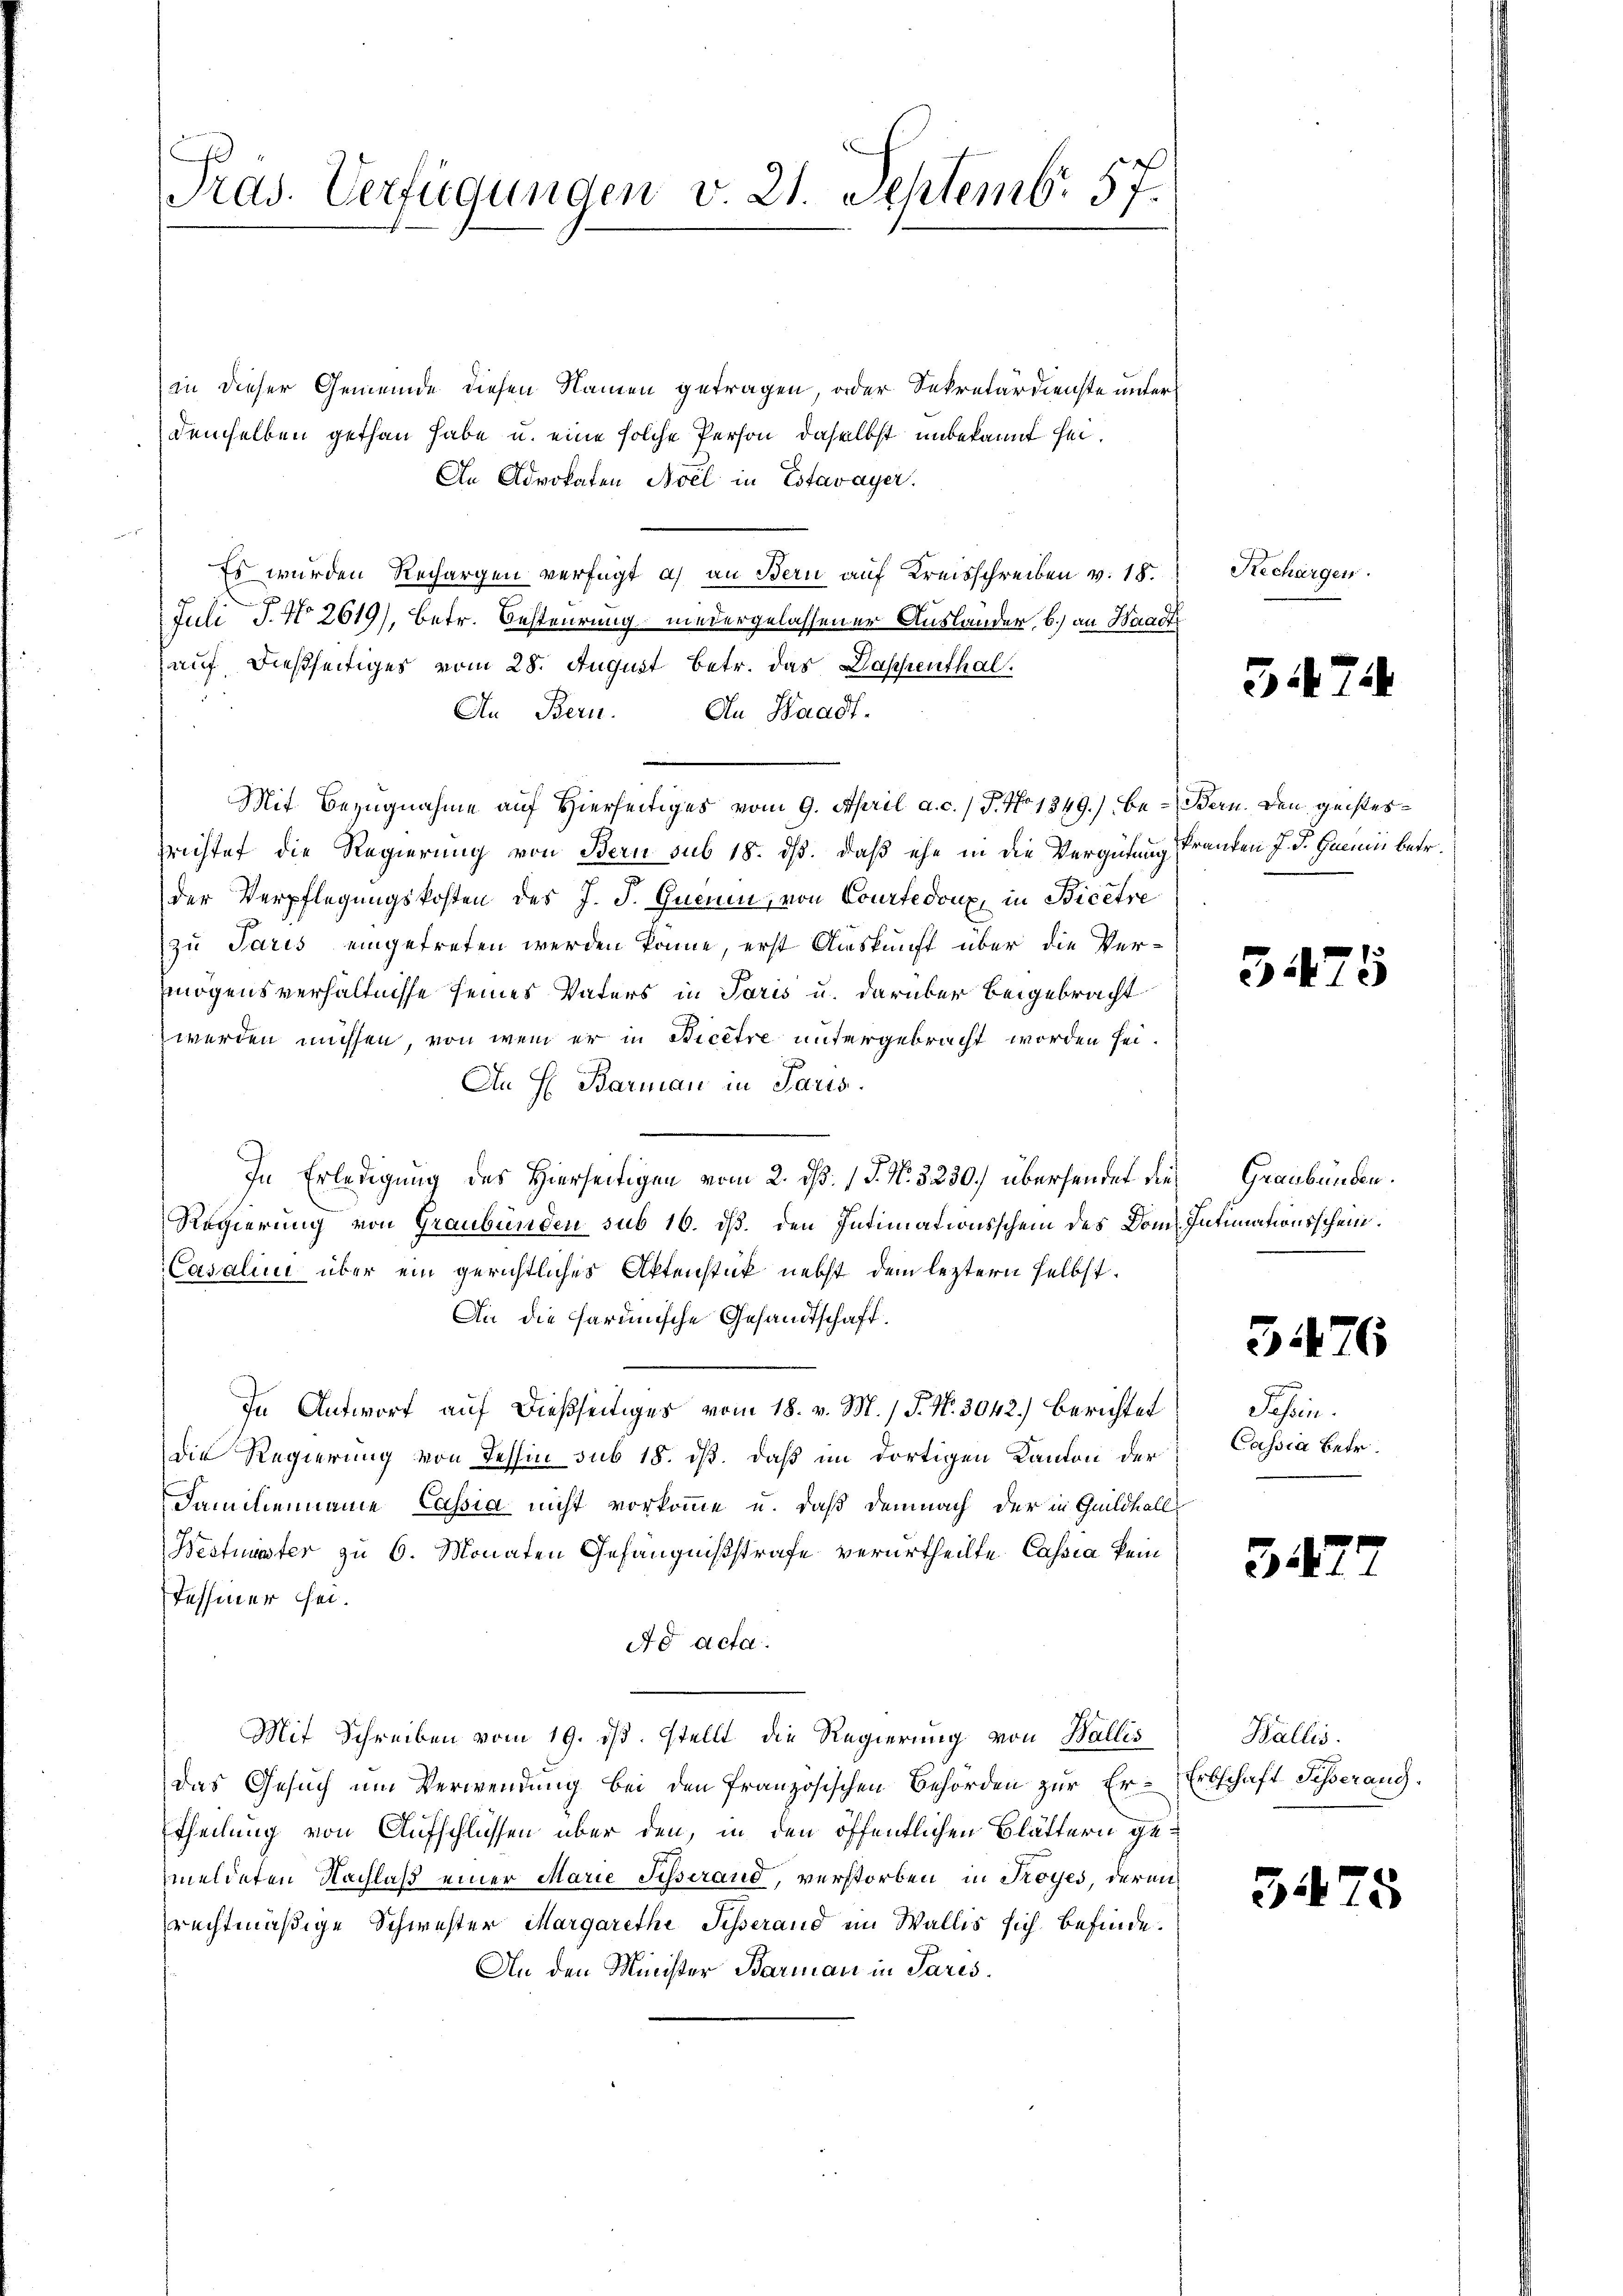
Präs. Verfügungen v. 21. Septemb. 57
f

in dieser Gemeinde diesen Namen getragen, oder Sekretärdienste unter
demselben gethan habe u. eine solche Person, daselbst unbekannt sei.
An Advokaten Avel in Estavayer.
Es wurden Rechargen verfügt a) an Bern auf Kreisschreiben v. 18.
Juli J. No 2619), betr. Besteurung niedergelassener Auslander, b.) an Waadt
auf dießseitiges vom 28. August betr. das Dappenthal.
An Bern. An Waadt.
e
Mit Bezugnahme auf Hierseitiges vom 9. April a. c. / P. No 1349.) be- Bern. Den geistessrichtet die Regierung von Bern sub 18. dß. daß ehe in die Vergütung Pranten J. J. Gummini betr.
der Verpflegungskosten des J. J. Guam, von Courtedoux, in Bicetre
zu Paris eingetreten werden könne, erst Auskunft über die Vermögensverhältnisse seines Vaters in Paris u. darüber beigebracht
werden müssen, von wem er in Ricere untergebracht worden sei.
An H. Barman in Paris.
In Erledigung des Hierseitigen vom 2. ds. 1 S. N. 3230.) übersendet die Graubünden.
Regierung von Graubünden sub 16. ds. den Intimationsschein des Dom Intimationsschein.
Casaline über ein gerichtliches Aktenstück nebst dem leztern selbst.
An die harmische Gesandtschaft.
In Antwort auf dießseitiges vom 18. v. M. / P. Nr. 3042.) Berichtet
die Regierung von Tessin sub 18. dß. Daß im dortigen Kanton der
Familienname Cassia nicht vorkomme u. daß demnach der in Gaildhall
Werturnster zu 6. Monaten Gefängnißstrafe verurtheilte Cassia kein
Tessiner sei.
Ao acta.
Mit Schreiben vom 19. ds. stellt die Regierung von Wallis
das Gesuch um Verwendung bei den französischen Behörden zur Er-Erbschaft Scherang-
Theilung von Aufschlüssen über den, in den öffentlichen Blättern gemeldeten Nachlaß einer Marie Sisserand, verstorben, in Troyes, deranrechtmäßige Schwester Margarethe Sesserand im Wallis sich befinde.
An den Minister Barmann in Paris.

Rechargen.

347.

5475

3476

Schein
Cassia Betr.

542

Wallis.

3475